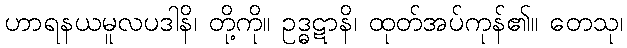
ဟာရနယမူလပဒါနိ၊ တို့ကို။ ဥဒ္ဓဋာနိ၊ ထုတ်အပ်ကုန်၏။ တေသု၊